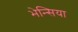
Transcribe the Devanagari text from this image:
भेन्सिया